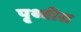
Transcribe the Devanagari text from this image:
पृथ्वीस